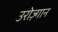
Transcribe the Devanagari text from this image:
उरोज़्गान